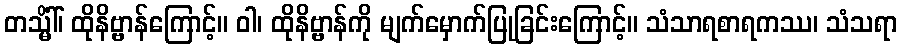
တသ္မိံါ်၊ ထိုနိဗ္ဗာန်ကြောင့်။ ဝါ၊ ထိုနိဗ္ဗာန်ကို မျက်မှောက်ပြုခြင်းကြောင့်။ သံသာရစာရကဿ၊ သံသရာ